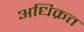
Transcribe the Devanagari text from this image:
अधिक्रत